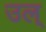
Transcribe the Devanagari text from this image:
उल्‌